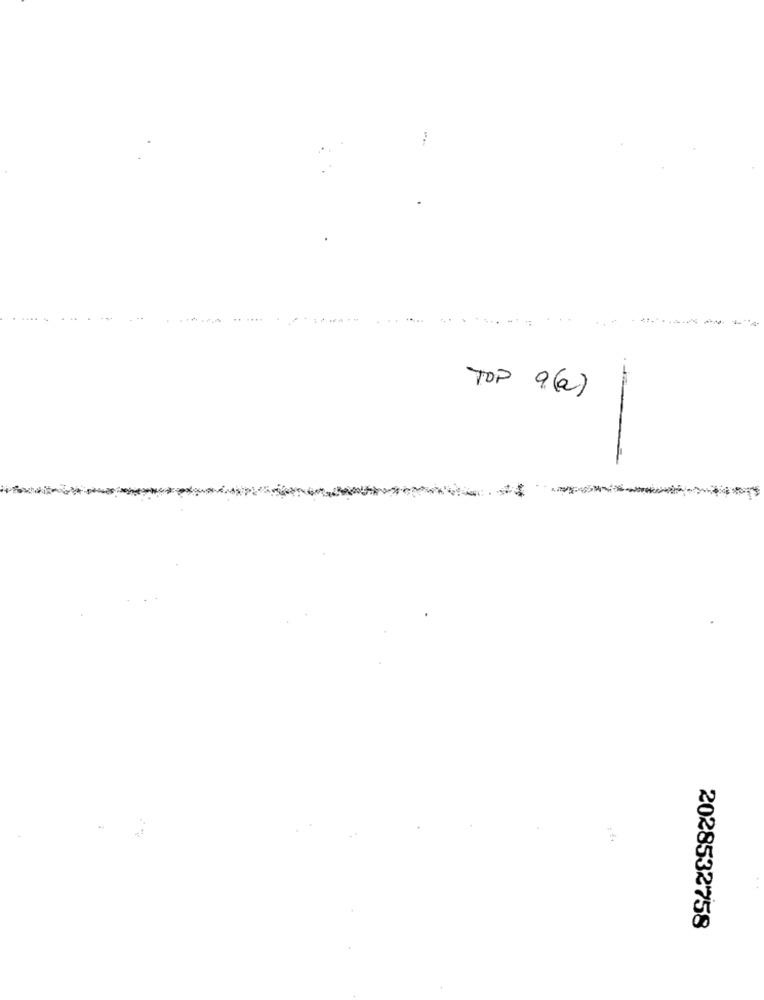
TOP 9.(6)
2028532758